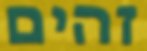
זהים